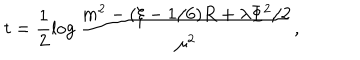
t = \frac { 1 } { 2 } \log \frac { m ^ { 2 } - ( \xi - 1 / 6 ) R + \lambda \Phi ^ { 2 } / 2 } { \mu ^ { 2 } } ,